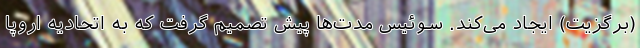
(برگزیت) ایجاد می‌کند. سوئیس مدت‌ها پیش تصمیم گرفت که به اتحادیه اروپا